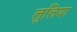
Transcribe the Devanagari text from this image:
लुलिया